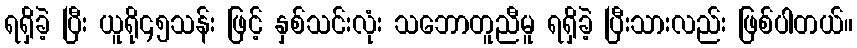
ရရှိခဲ့ ပြီး ယူရို၄၅သန်း ဖြင့် နှစ်သင်းလုံး သဘောတူညီမူ ရရှိခဲ့ ပြီးသားလည်း ဖြစ်ပါတယ်။